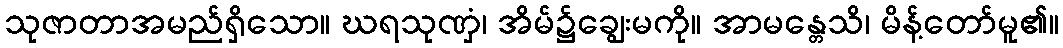
သုဇာတာအမည်ရှိသော။ ဃရသုဏှံ၊ အိမ်၌ချွေးမကို။ အာမန္တေသိ၊ မိန့်တော်မူ၏။